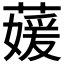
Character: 𮑘